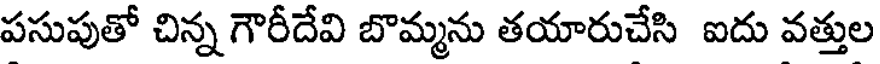
పసుపుతో చిన్న గౌరీదేవి బొమ్మను తయారుచేసి ఐదు వత్తుల